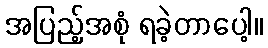
အပြည့်အစုံ ရခဲ့တာပေါ့။